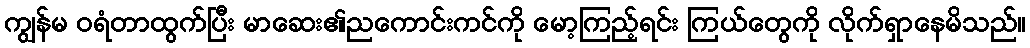
ကျွန်မ ဝရံတာထွက်ပြီး မာဆေး၏ညကောင်းကင်ကို မော့ကြည့်ရင်း ကြယ်တွေကို လိုက်ရှာနေမိသည်။